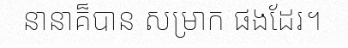
នានាគ៏បាន សម្រាក ផងដែរ។